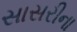
સાસરીના